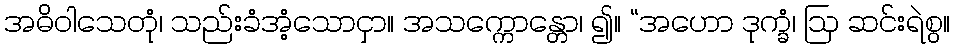
အဓိဝါသေတုံ၊ သည်းခံအံ့သောငှာ။ အသက္ကောန္တော၊ ၍။ “အဟော ဒုက္ခံ၊ ဩ ဆင်းရဲစွ။